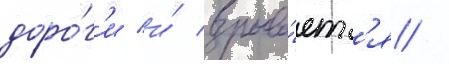
доро́г'и и́ взрыва́етс'я /